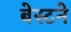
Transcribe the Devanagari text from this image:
बेस्टने